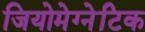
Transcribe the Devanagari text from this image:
जियोमेग्नेटिक